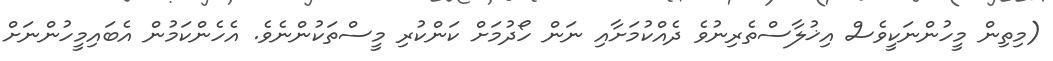
(މިތިން މީހުންނަކީވެސް އިޚުލާސްތެރިނުވެ ދެއްކުމަށާއި ނަން ހޯދުމަށް ކަންކުރި މީސްތަކުންނެވެ. އެހެންކަމުން އެބައިމީހުންނަށް